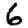
Digit: 6